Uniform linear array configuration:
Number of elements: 32
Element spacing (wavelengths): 0.5
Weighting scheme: hamming
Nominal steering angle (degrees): -15
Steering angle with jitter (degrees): -15.032
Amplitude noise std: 0.05
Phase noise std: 0.05

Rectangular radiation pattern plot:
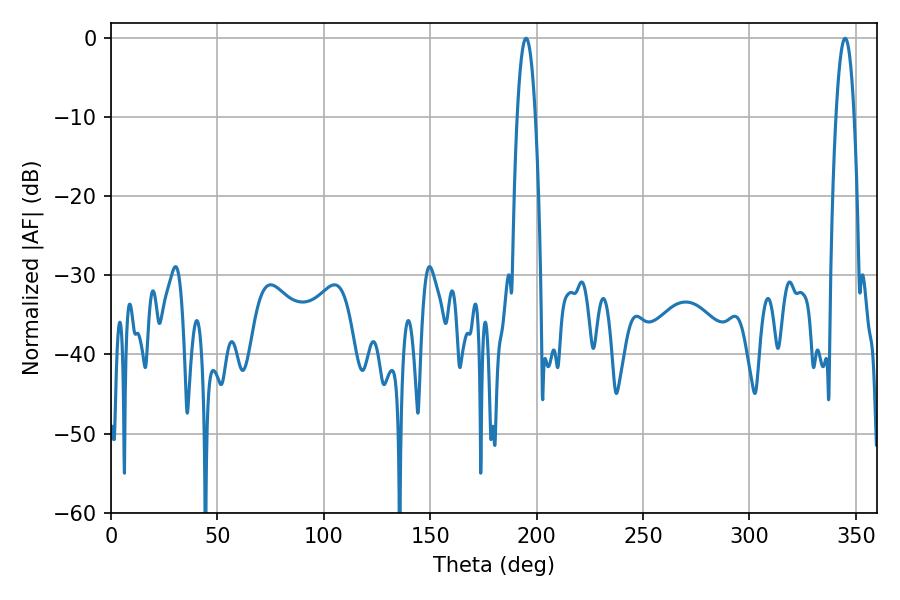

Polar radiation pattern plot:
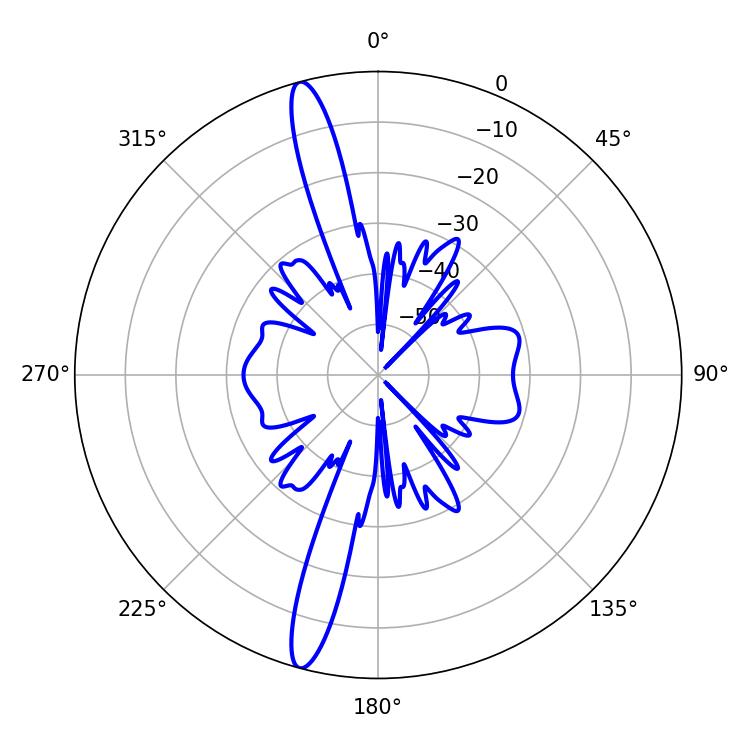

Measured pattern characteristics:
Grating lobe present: FALSE
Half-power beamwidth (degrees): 4.68
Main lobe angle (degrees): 195.12